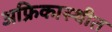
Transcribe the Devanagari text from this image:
अफ्रिकास्थीत